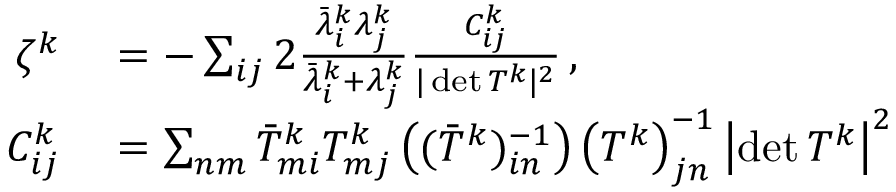
\begin{array} { r l } { \zeta ^ { k } } & { { } = - \sum _ { i j } 2 \frac { \bar { \lambda } _ { i } ^ { k } \lambda _ { j } ^ { k } } { \bar { \lambda } _ { i } ^ { k } + \lambda _ { j } ^ { k } } \frac { C _ { i j } ^ { k } } { \vert \operatorname* { d e t } T ^ { k } \vert ^ { 2 } } \, , } \\ { C _ { i j } ^ { k } } & { { } = \sum _ { n m } \bar { T } _ { m i } ^ { k } T _ { m j } ^ { k } \left( ( \bar { T } ^ { k } ) _ { i n } ^ { - 1 } \right) \left( T ^ { k } \right) _ { j n } ^ { - 1 } \left\vert \operatorname* { d e t } T ^ { k } \right\vert ^ { 2 } } \end{array}